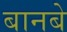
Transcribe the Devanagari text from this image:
बानबे